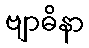
ဗျာဓိနာ